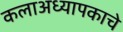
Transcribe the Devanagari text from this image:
कलाअध्यापकाचे